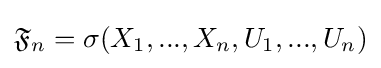
{\mathfrak {F}}_{n}=\sigma (X_{1},...,X_{n},U_{1},...,U_{n})